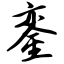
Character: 銮